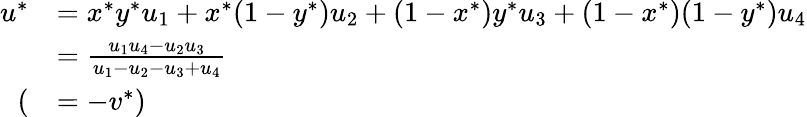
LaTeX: \begin{array}{rl}{u^{*}}&{=x^{*}y^{*}u_{1}+x^{*}(1-y^{*})u_{2}+(1-x^{*})y^{*}u_{3}+(1-x^{*})(1-y^{*})u_{4}}\\ &{=\frac{u_{1}u_{4}-u_{2}u_{3}}{u_{1}-u_{2}-u_{3}+u_{4}}}\\ {(}&{=-v^{*})}\end{array}